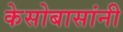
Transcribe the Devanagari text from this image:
केसोबासांनी